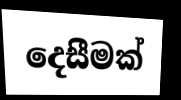
දෙසීමක්